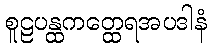
စူဠပန္ထကတ္ထေရအပဒါနံ